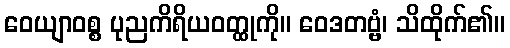
ဝေယျာဝစ္စ ပုညကိရိယဝတ္ထုကို။ ဝေဒတဗ္ဗံ၊ သိထိုက်၏။